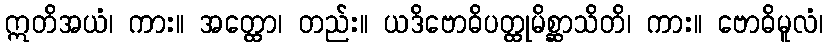
ဣတိအယံ၊ ကား။ အတ္ထော၊ တည်း။ ယဒိဗောဓိပတ္ထုမိစ္ဆာသိတိ၊ ကား။ ဗောဓိမူလံ၊